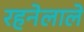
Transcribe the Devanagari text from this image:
रहनेलाले